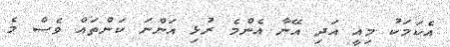
އެކަމަކު މިއީ އަދި އޭނާ އެންމެ ރުޅި އަންނަ ކަންތައް ވެސް މެ